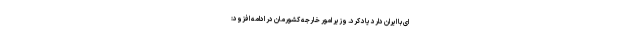
ای با ایران دارد یاد کرد. وزیر امور خارجه کشورمان در ادامه افزود: